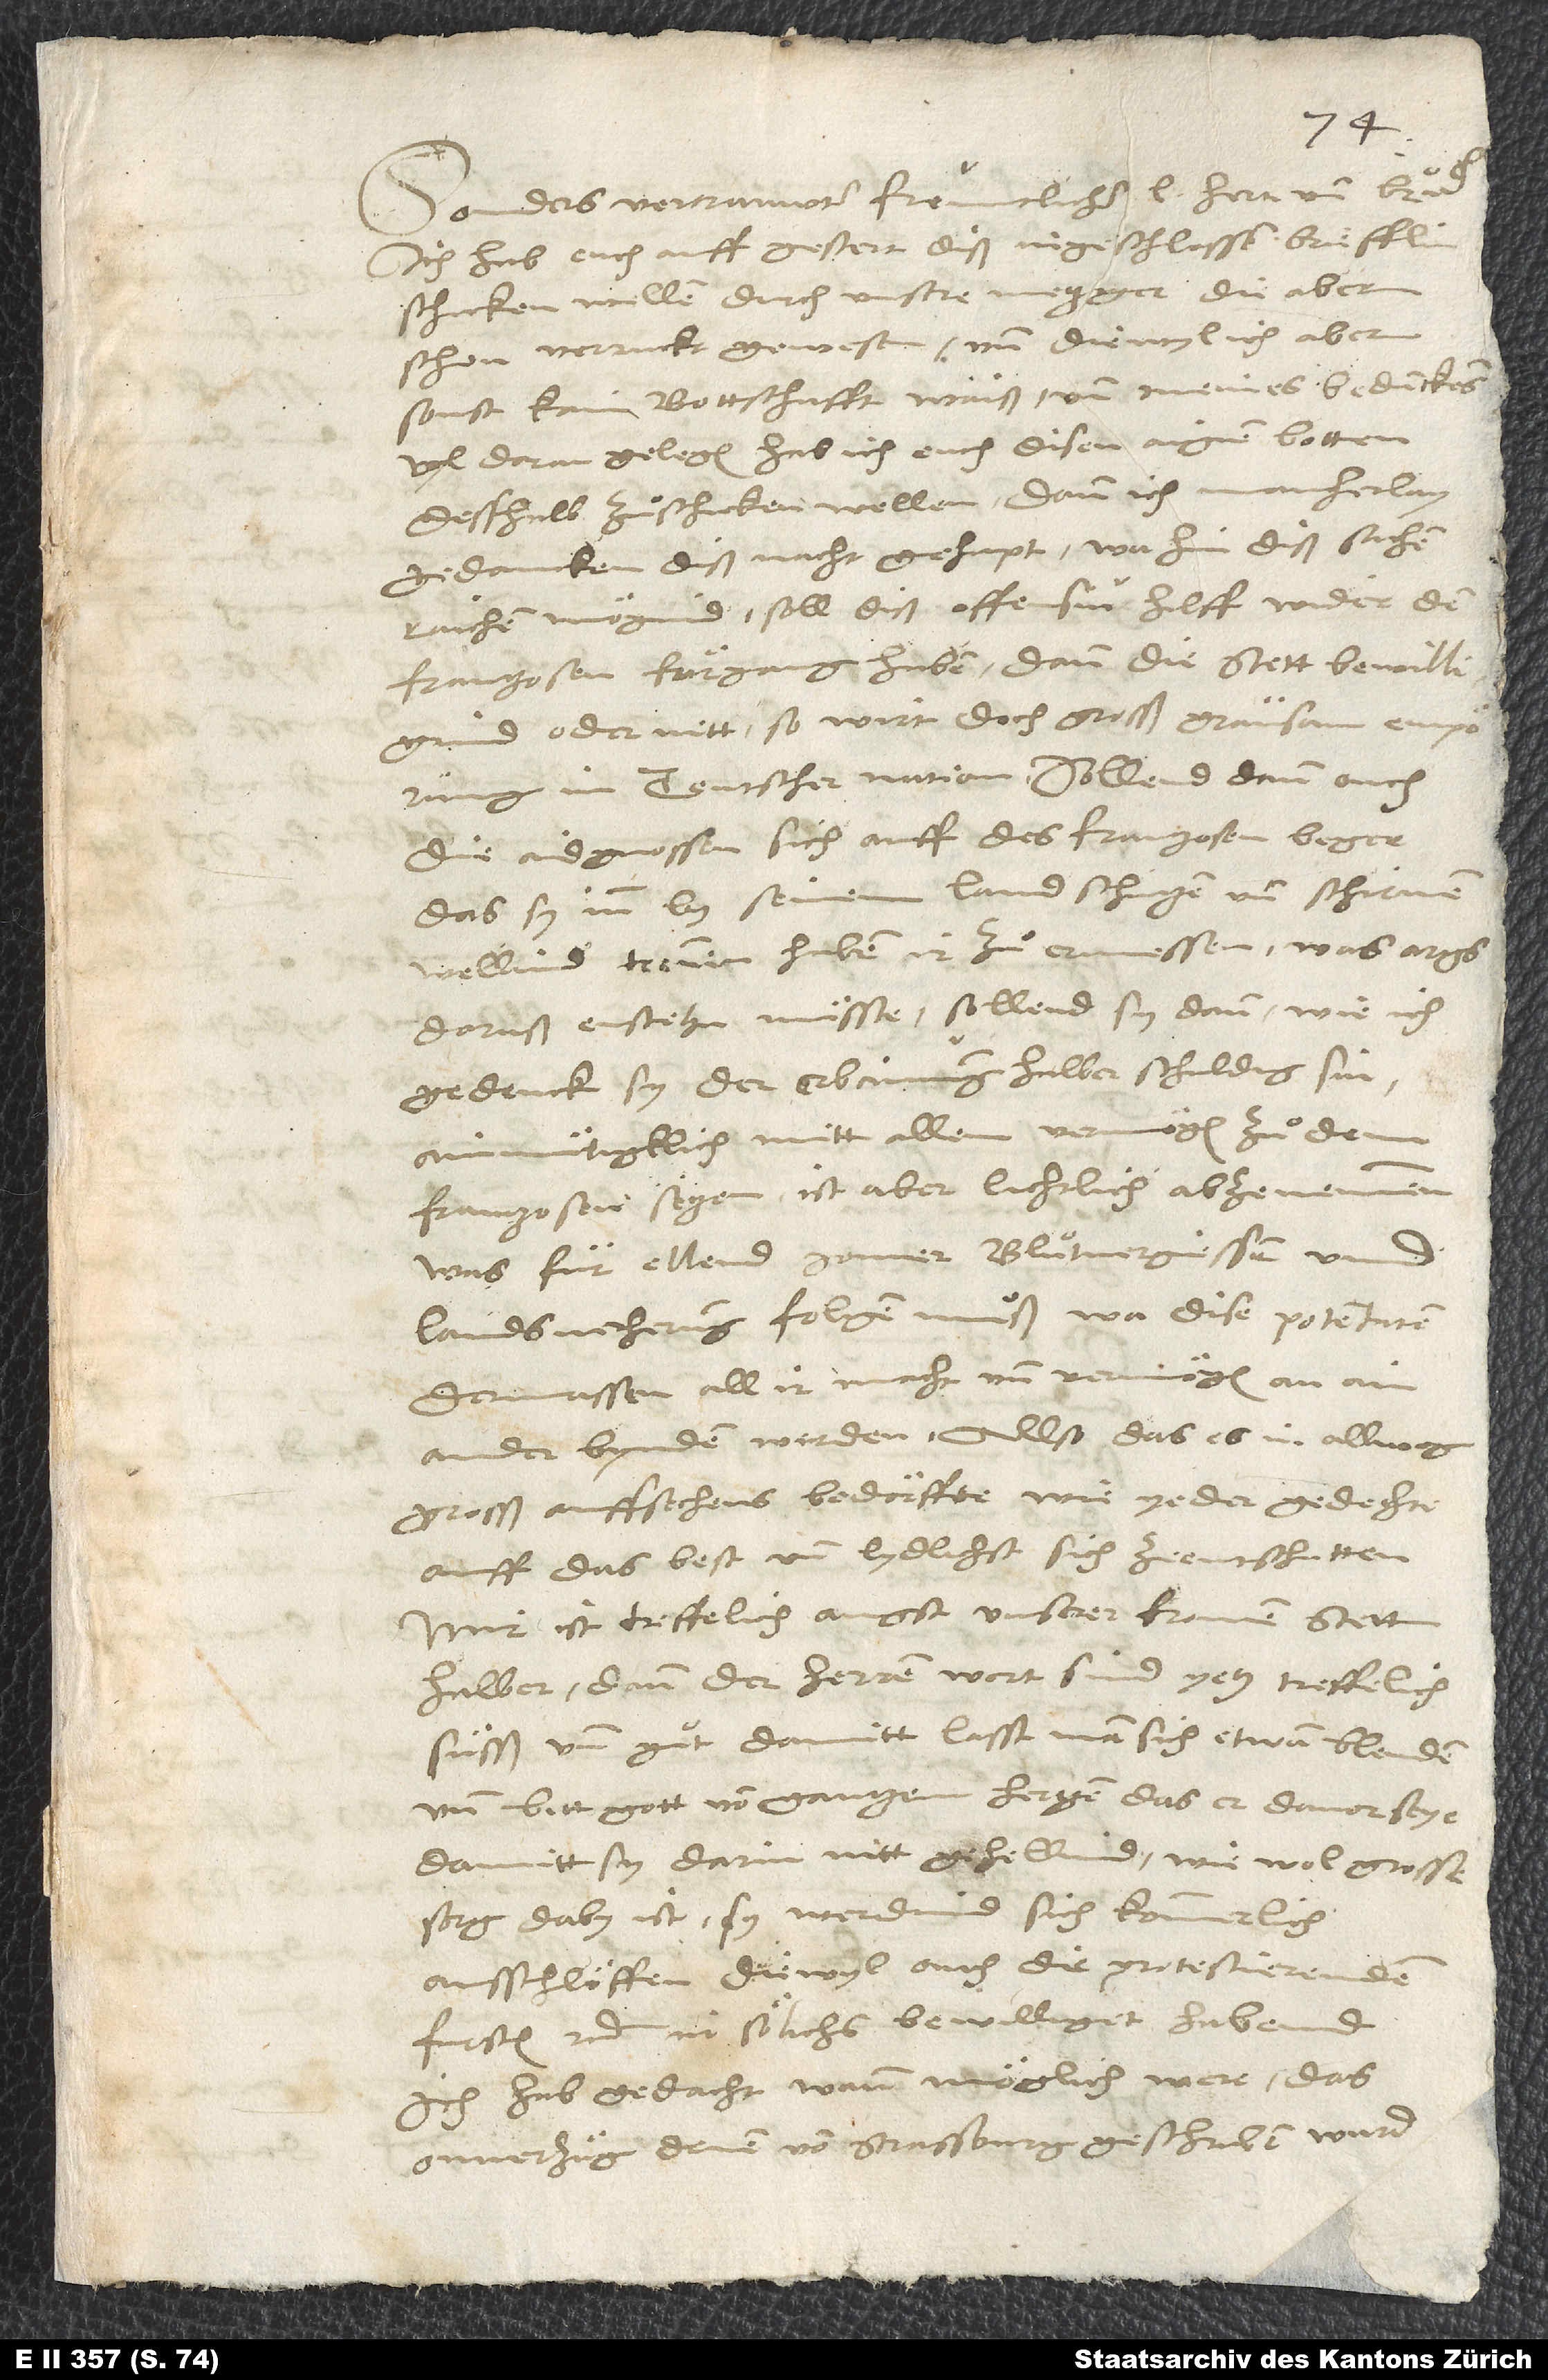
Sonders vertrauwter, freuntlicher, l herr und bruͦder.
Ich hab euch auff gestert diß ingeschlossen briefflin
schicken wellen durch unsere metzger, die aber
schon verruckt gewesen, und diewyl ich aber
sonst kain bottschafft waiß und meines bedunckens
vyl daran gelegen, hab ich euch disen aignen botten
desshalb zuͦschicken wellen; dann ich mancherlay
gedancken diß nacht gehapt, wahin diß sachen
raichen mögind, soll diß offensiv hilff wider den
Frantzosen fürgang haben. Dann, die stett bewilligind
oder nitt, so wirt doch grosß grausam empörung
in teutscher nation. Sollend dann ouch
die aidgnossen sich auff des Franzosen beger,
das sy inn by seinem land schützen und schirmen
wellind, trennen, haben ir zuͦ ermessen, was args
doruß enstehn müsse. Sollend sy dann, wie ich
gedenck sy der erbainung halber schuldig sin,
ainmütigklich mitt allem vermögen zuͦ dem
Frantzosen setzen, ist aber lichtlich abzenemmen,
was für ellend, jomer, bluͦtvergiessen und
landsverherung folgen muͦß, wa dise potentaten
dermassen all ir macht und vermögen an ain
ander bynden werden, allso das es in allweg
grosß auffsechens bedörffte, wie yeder gedechte,
auff das best und lydlichst sich zeentschutten.
Mir ist treffelich angst unserer fromen stett
halber; dann der herren wort sind yetz treffelich
süsß und guͦt; damitt lasst man sich etwan blenden.
Und bitt gott von gantzem hertzen, das er davor seye,
damitt sy darin nitt gehellind, wiewol grosse
sorg daby ist, sy werdind sich kommerlich
ausschlöffen, diewyl ouch die protestierenden
fursten etc. in sölichs bewilliget habend.
Ich hab gedacht, wann möglich were, das
onverzug denen von Strassburg geschriben wurd